Vaccination North-Western Provinces and Oudh 1896-1901 - 1896-1901
Year: 1896
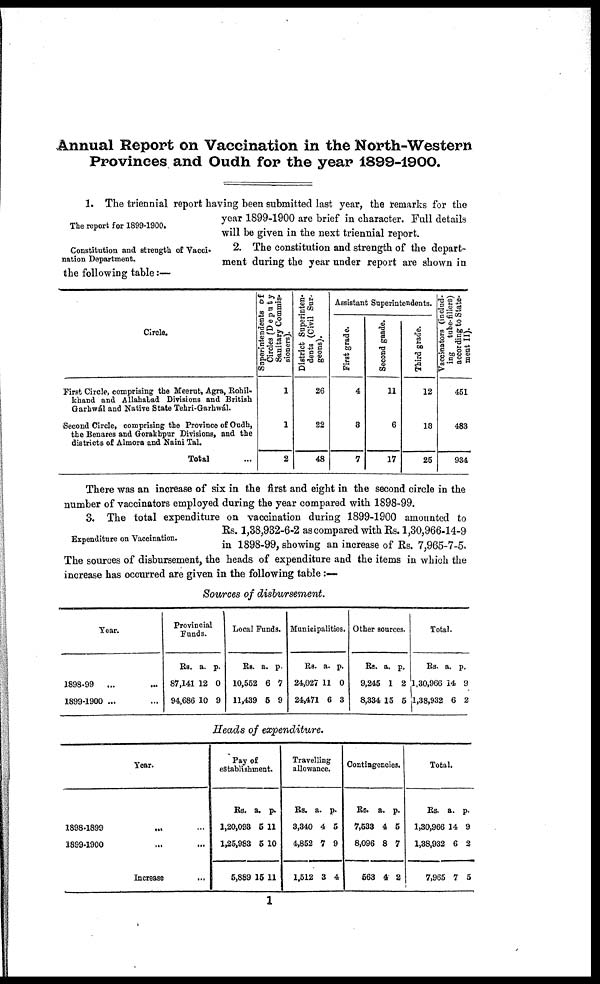
Annual Report on Vaccination in the North-Western
Provinces and Oudh for the year 1899-1900.
The report for 1899-1900.
1. The triennial report having been submitted last year, the remarks for the
year 1899-1900 are brief in character. Full details
will be given in the next triennial report.
Constitution and strength of Vacci-
nation Department.
2. The constitution and strength of the depart-
ment during the year under report are shown in
the following table:—
Circle.
First Circle, comprising the Meerut, Agra, Rohil-
khand and Allahabad Divisions and British
Garhwál and Native State Tehri-Garhwál.
Second Circle, comprising the Province of Oudh,
the Benares and Gorakhpur Divisions, and the
districts of Almora and Naini Tal.
Total
Superintendents of
Circles (Deputy
Sanitary Commis-
sioners).
1
1
2
District Superinten-
dents (Civil Sur-
geons).
26
22
48
Assistant Superintendents.
First grade.
4
8
7
Second grade.
11
6
17
Third grade.
12
13
25
Vaccinators (includ-
ing
tube-fillers)
according to State-
ment II).
451
483
934
There was an increase of six in the first and eight in the second circle in the
number of vaccinators employed during the year compared with 1898-99.
Expenditure on Vaccination.
3. The total expenditure on vaccination during 1899-1900 amounted to
Rs. 1,38,932-6-2 as compared with Rs. 1,30,966-14-9
in 1898-99, showing an increase of Rs. 7,965-7-5.
The sources of disbursement, the heads of expenditure and the items in which the
increase has occurred are given in the following table :—
Sources of disbursement.
Year.
1898-99
...
1899-1900 ...
Provincial
Funds.
Rs.
87,141
94,686
a.
12
10
p.
0
9
Local Funds.
Rs.
10,552
11,439
a.
6
5
p.
7
9
Municipalities.
Rs.
24,027
24,471
a.
11
6
p.
0
3
Other sources.
Rs.
9,245
8,334
a.
1
15
p.
2
5
Total.
Rs.
1,30,966
1,38,932
a.
14
6
p.
9
2
Heads of expenditure.
1898-1899
1899-1900
Year.
... ...
... ...
Increase
Pay of
establishment.
Rs.
1,20,093
1,25,983
5,889
a.
5
5
15
p.
11
10
11
Travelling
allowance.
Rs.
3,340
4,852
1,512
a.
4
7
3
p.
5
9
4
Contingencies.
Rs.
7,533
8,096
563
a.
4
8
4
p.
5
7
2
Total.
Rs.
1,30,966
1,38,932
7,965
a.
14
6
7
p.
9
2
5
1